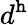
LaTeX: d^{\mathtt{h}}